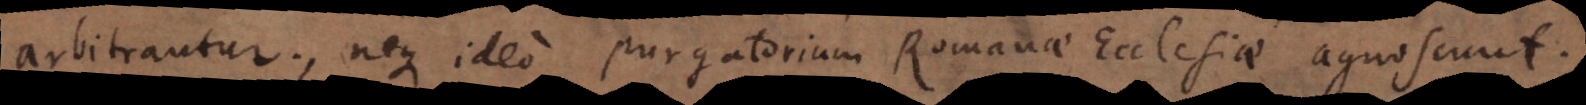
arbitrantur, neque ideo purgatorium Romanae Ecclesiae agnoscunt.